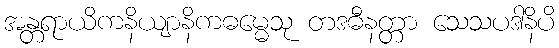
အန္တရာယိကနိယျာနိကဓမ္မေသု တဒဓီနတ္တာ သေသပဒါနိပိ